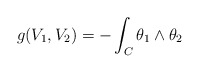
\begin{align*}g(V_1,V_2) = - \int_C \theta_1 \wedge \theta_2\end{align*}